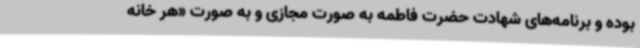
بوده و برنامه‌های شهادت حضرت فاطمه به صورت مجازی و به صورت «هر خانه